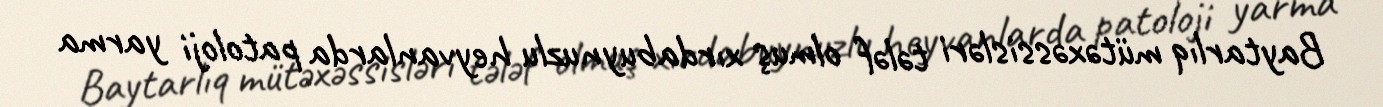
Baytarlıq mütəxəssisləri tələf olmuş xırdabuynuzlu heyvanlarda patoloji yarma